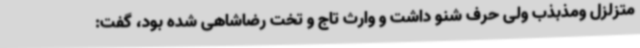
متزلزل ومذبذب ولی حرف شنو داشت و وارث تاج و تخت رضاشاهی شده بود، گفت: